画像に写った文字を読んでください
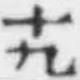
「十九」と書いてあります